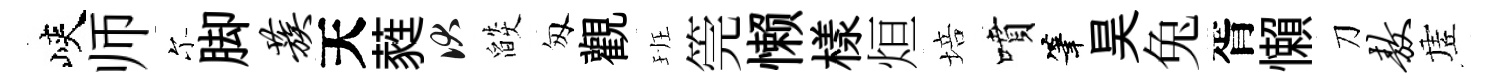
峽师尓脚蔟天蕤伏燄匆觀班筦懒樣烜培噴筆昊兔胥懶刀敖虗